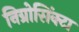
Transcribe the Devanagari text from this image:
निग्रोसिंक्टा